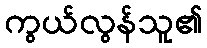
ကွယ်လွန်သူ၏